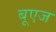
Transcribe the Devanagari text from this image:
बूएज